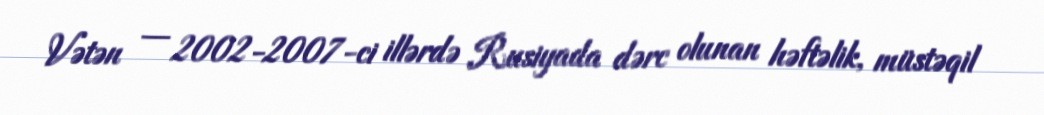
Vətən — 2002-2007-ci illərdə Rusiyada dərc olunan həftəlik, müstəqil